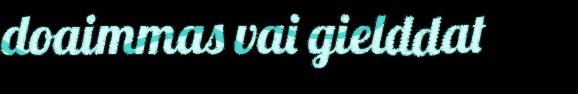
doaimmas vai gielddat